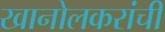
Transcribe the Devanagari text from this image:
खानोलकरांची